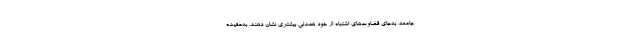
جامعه، به‌جای قضاوت‌های اشتباه از خود همدلی بیشتری نشان دهند. به‌عقیده